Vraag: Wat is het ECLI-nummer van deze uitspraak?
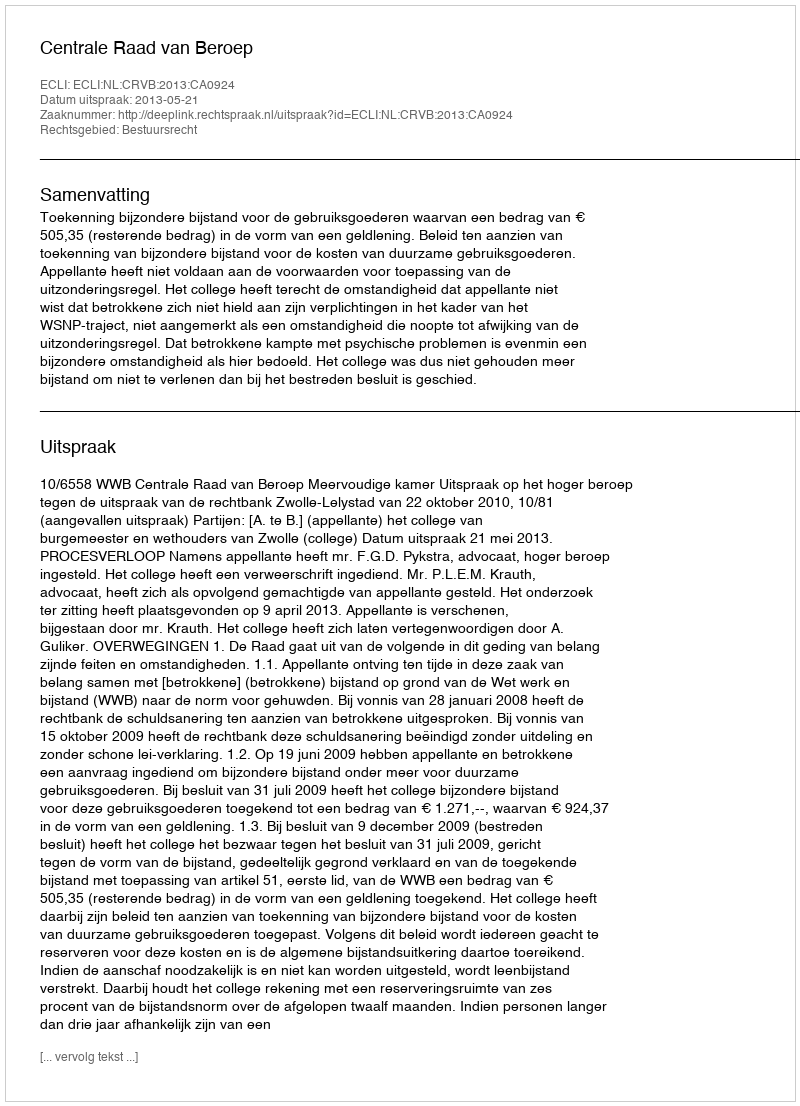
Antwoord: ECLI:NL:CRVB:2013:CA0924